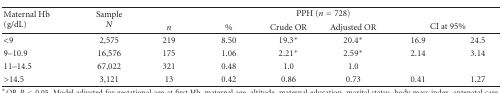
| <ROWSPAN=2> Maternal Hb(g/dL) | <ROWSPAN=2> SampleN | <COLSPAN=6> PPH (n = 728) |
 | n | % | Crude OR | Adjusted OR | <COLSPAN=2> CI at 95% |
 | --- | --- | --- | --- | --- | --- | --- | --- |
 | <9 | 2,575 | 219 | 8.50 | 19.3* | 20.4* | 16.9 | 24.5 |
 | 9–10.9 | 16,576 | 175 | 1.06 | 2.21* | 2.59* | 2.14 | 3.14 |
 | 11–14.5 | 67,022 | 321 | 0.48 | 1.0 | 1.0 |  |  |
 | >14.5 | 3,121 | 13 | 0.42 | 0.86 | 0.73 | 0.41 | 1.27 |